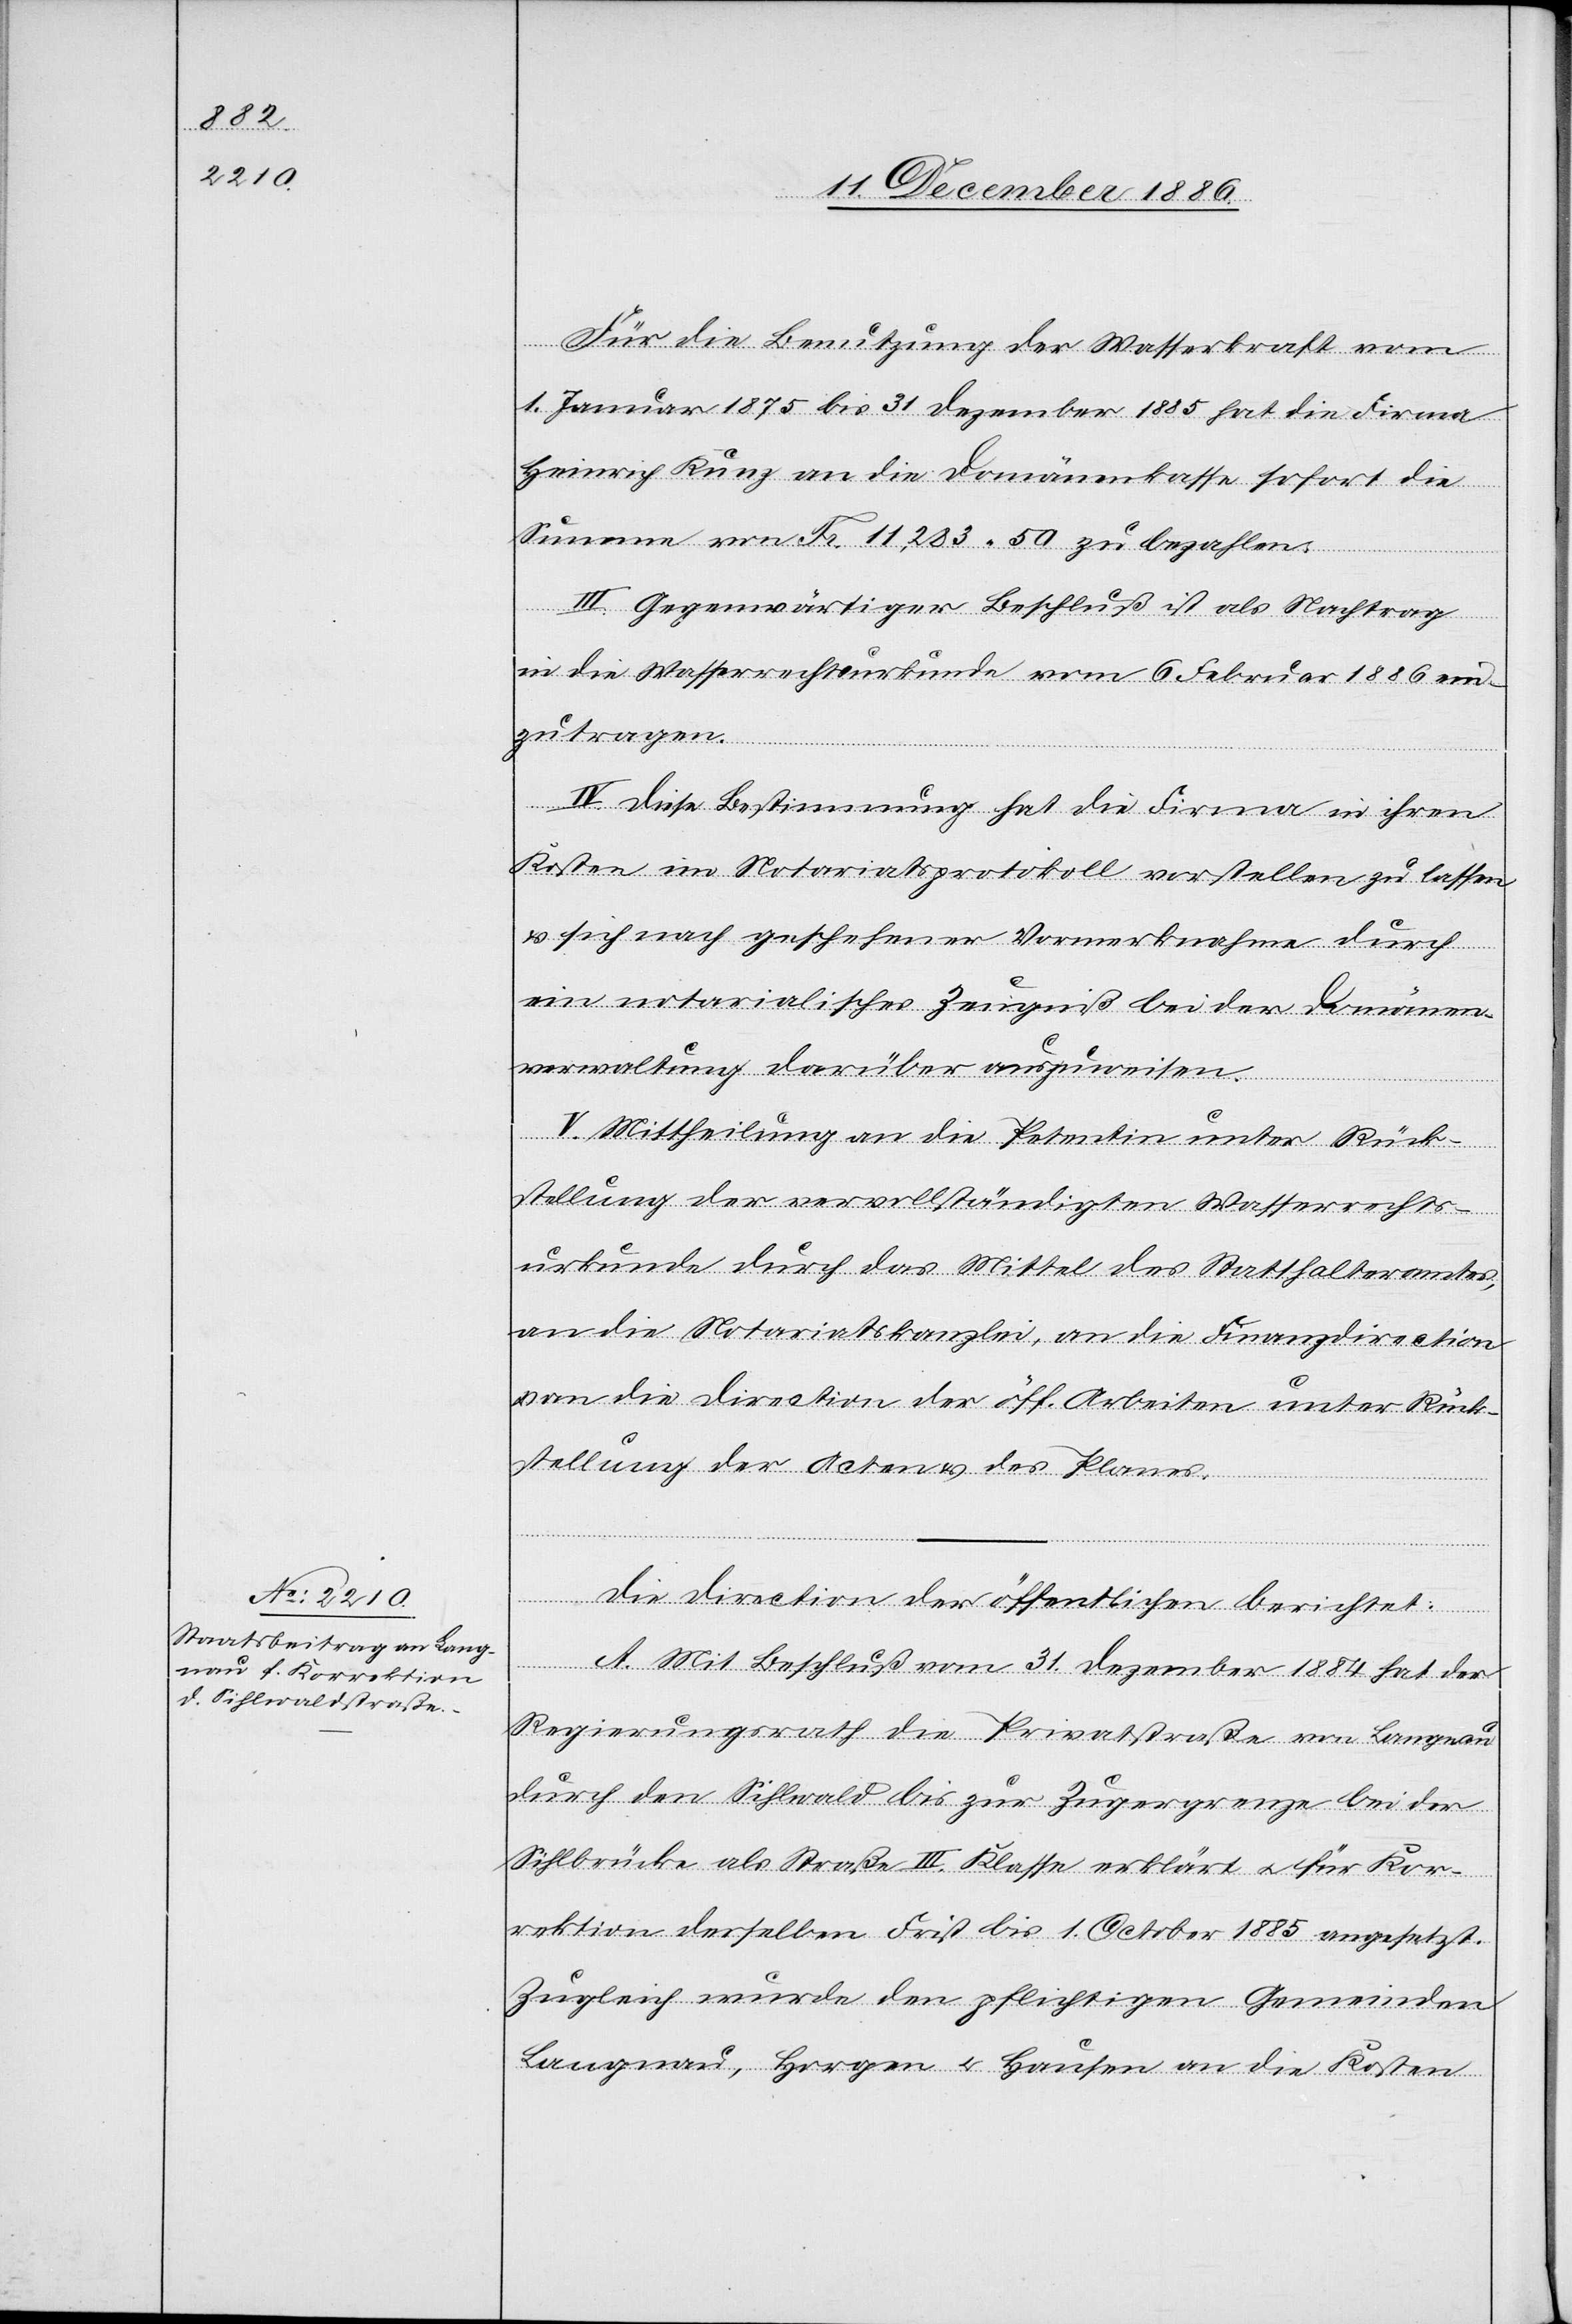
Für die Benutzung der Wasserkraft vom
1. Januar 1875 bis 31. Dezember 1885 hat die Firma
Heinrich Kunz an die Domänenkasse sofort die
Summe von Fr. 11,283 50 zu bezahlen.
III. Gegenwärtiger Beschluß ist als Nachtrag
in die Wasserrechtsurkunde vom 6. Februar 1886 ein¬
zutragen.
IV. Diese Bestimmung hat die Firma in ihren
Kosten im Notariatsprotokoll vorstellen zu lassen
& sich nach geschehener Vormerknahme durch
ein notarialisches Zeugniß bei der Domänen¬
verwaltung darüber auszuweisen.
V. Mittheilung an die Petentin unter Rück¬
stellung der vervollständigten Wasserrechts¬
urkunde durch das Mittel des Statthalteramtes
an die Notariatskanzlei, an die Finanzdirection
an die Direction der öff. Arbeiten unter Rück¬
stellung der Acten & des Planes.
Die Direction der öffentlichen [Arbeiten]
A. Mit Beschluß vom 31. Dezember 1884 hat der
Regierungsrath die Privatstraße von Langnau
durch den Sihlwald bis zur Zugergrenze bei der
Sihlbrücke als Straße III. Klasse erklärt & für Kor¬
rektion derselben Frist bis 1. October 1885 angesetzt.
Zugleich wurde den pflichtigen Gemeinden
Langnau, Horgen & Hausen an die Kosten